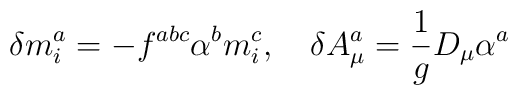
\delta m_i^a=-f^{abc}\alpha ^bm_i^c,\quad \delta A_\mu ^a=\frac 1gD_\mu\alpha ^a